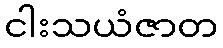
ငါးသယံဇာတ